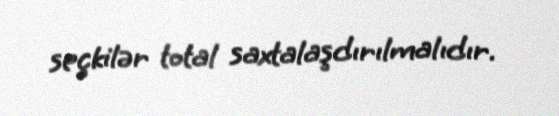
seçkilər total saxtalaşdırılmalıdır.